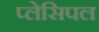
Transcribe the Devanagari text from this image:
प्लेसिपल